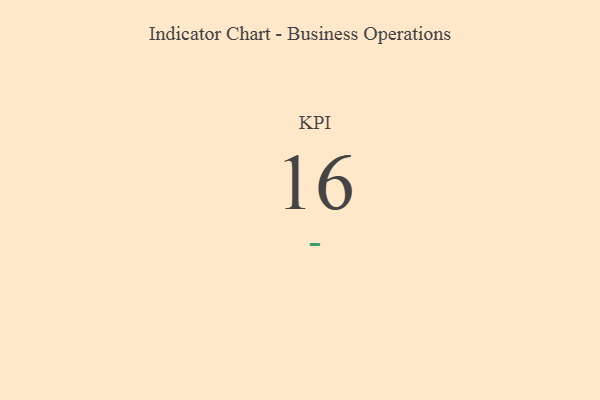
{"axis": {"x": "KPI", "y": "Value"}, "legend": [""], "data": [{"x": "KPI", "y": 16, "type": ""}]}